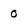
Character: o